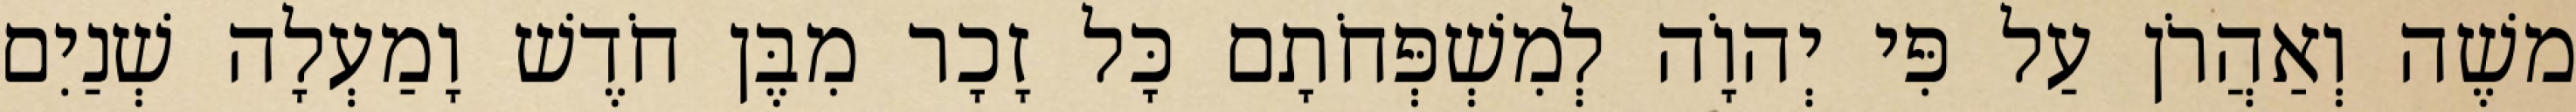
משֶׁה וְאַהֲרֹן עַל פִּי יְהוָֹה לְמִשְׁפְּחֹתָם כָּל זָכָר מִבֶּן חֹדֶשׁ וָמַעְלָה שְׁנַיִם